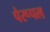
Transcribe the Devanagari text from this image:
पेरूपल